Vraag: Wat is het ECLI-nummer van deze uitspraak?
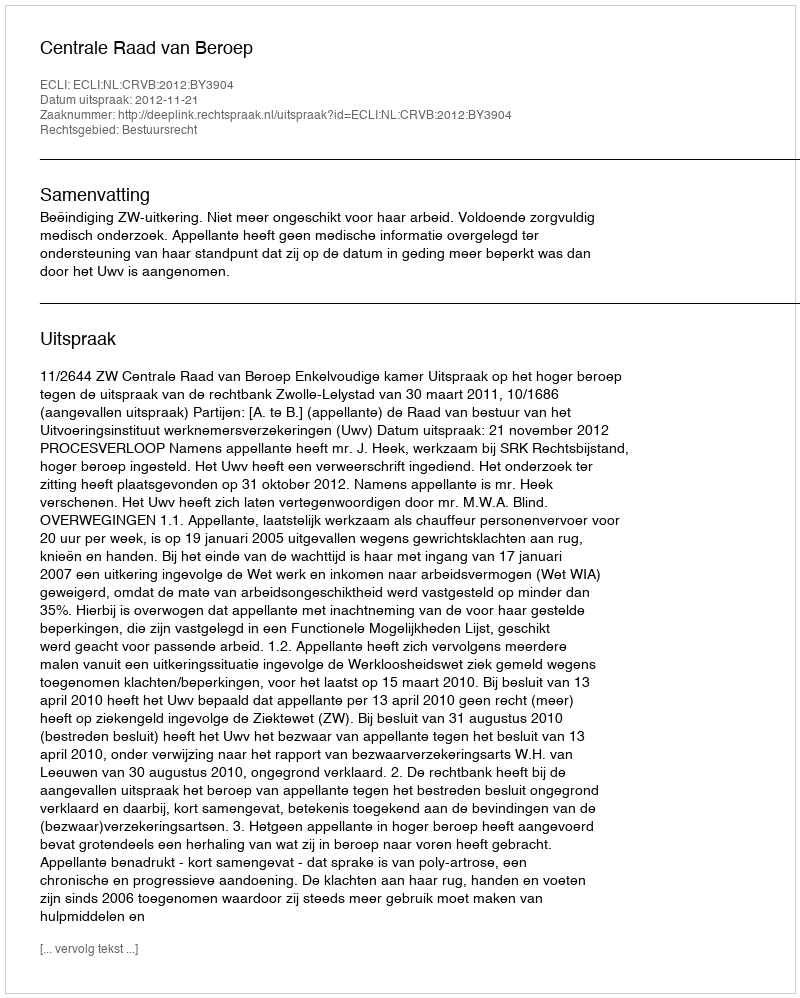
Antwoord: ECLI:NL:CRVB:2012:BY3904